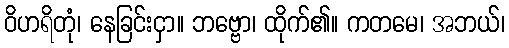
ဝိဟရိတုံ၊ နေခြင်းငှာ။ ဘဗ္ဗော၊ ထိုက်၏။ ကတမေ၊ အဘယ်၊